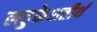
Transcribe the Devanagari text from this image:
लडुकेशतीर्थ